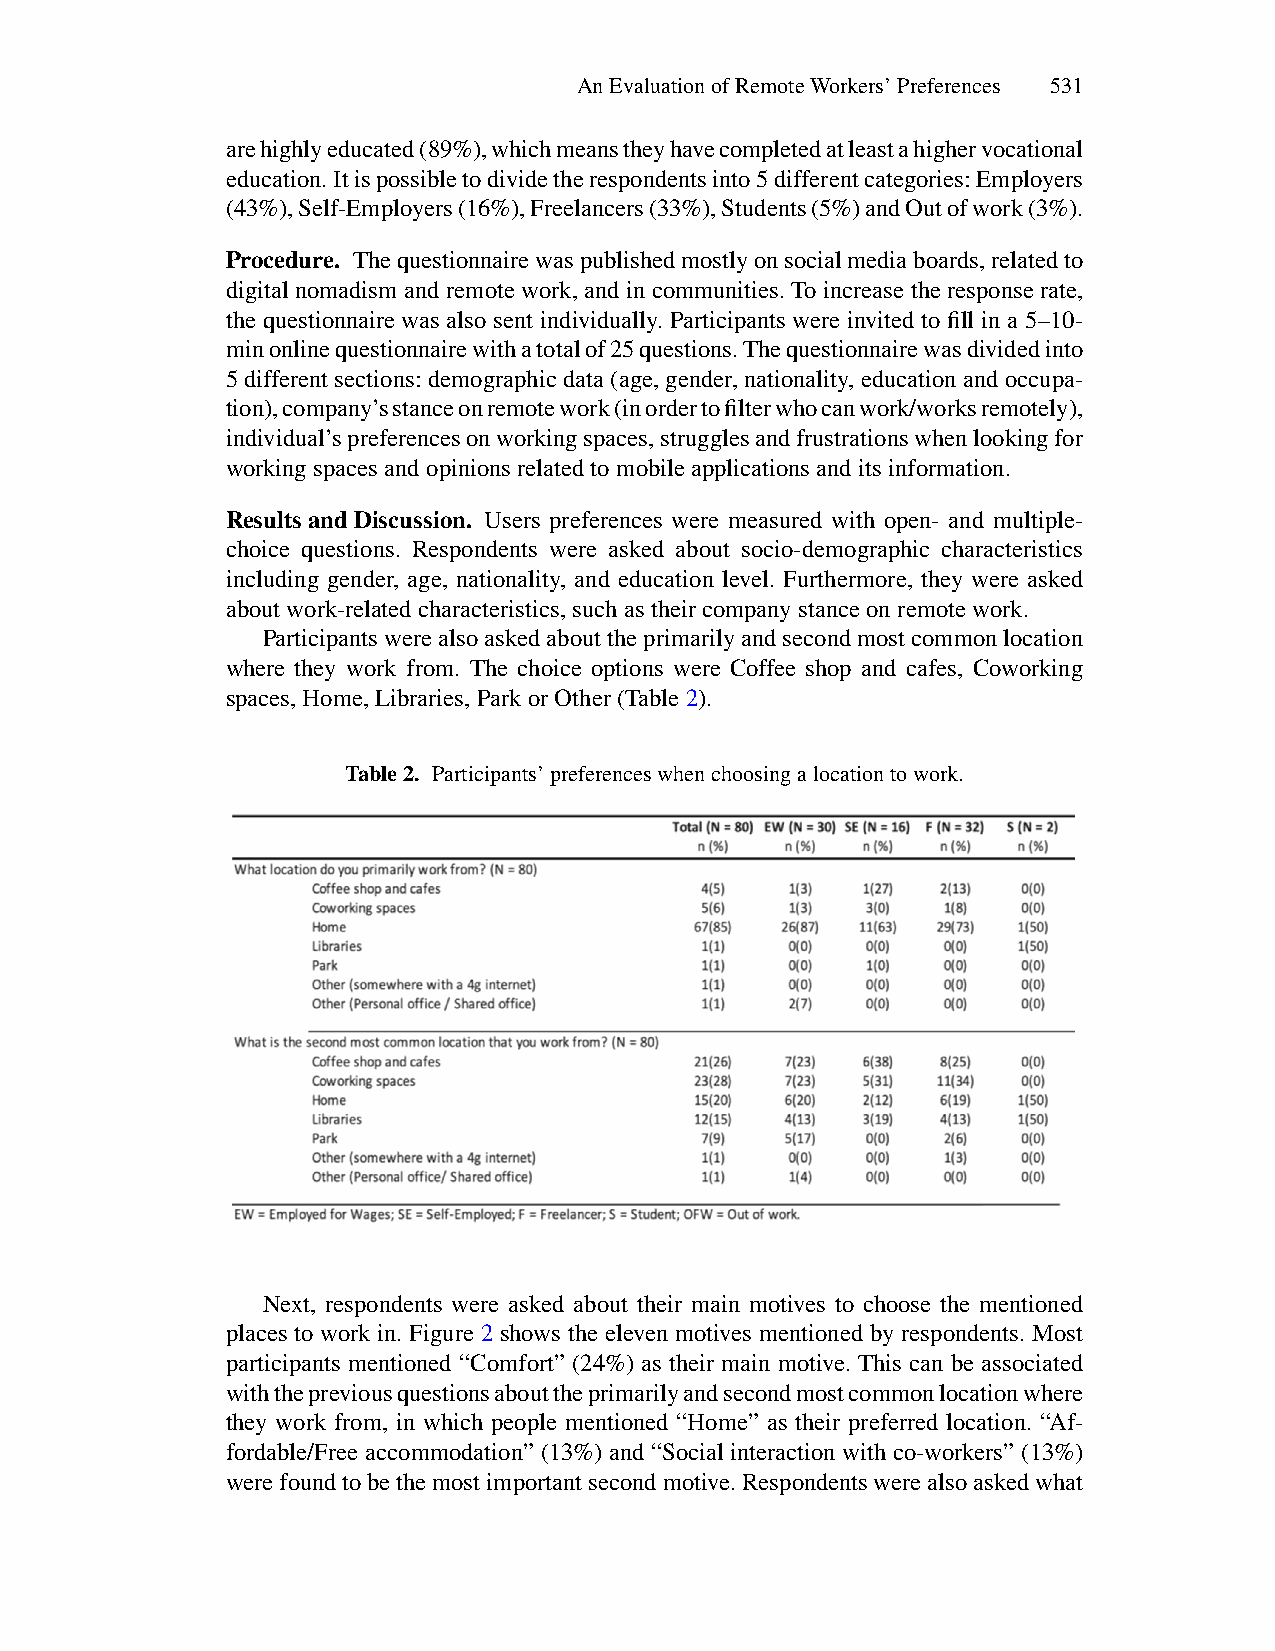
AnEvaluationofRemoteWorkers’Preferences 531
 arehighlyeducated(89%),whichmeanstheyhavecompletedatleastahighervocational
 education.Itispossibletodividetherespondentsinto5differentcategories:Employers
 (43%),Self-Employers(16%),Freelancers(33%),Students(5%)andOutofwork(3%).
 Procedure. Thequestionnairewaspublishedmostlyonsocialmediaboards,relatedto
 digital nomadism and remote work, and in communities. To increase the response rate,
 the questionnaire was also sent individually. Participants were invited to fill in a 5–10-
 minonlinequestionnairewithatotalof25questions.Thequestionnairewasdividedinto
 5 different sections: demographic data (age, gender, nationality, education and occupa-
 tion),company’sstanceonremotework(inordertofilterwhocanwork/worksremotely),
 individual’spreferencesonworkingspaces,strugglesandfrustrationswhenlookingfor
 workingspacesandopinionsrelatedtomobileapplicationsanditsinformation.
 ResultsandDiscussion. Users preferences were measured with open- and multiple-
 choice questions. Respondents were asked about socio-demographic characteristics
 including gender, age, nationality, and education level. Furthermore, they were asked
 aboutwork-relatedcharacteristics,suchastheircompanystanceonremotework.
 Participantswerealsoaskedabouttheprimarilyandsecondmostcommonlocation
 where they work from. The choice options were Coffee shop and cafes, Coworking
 spaces,Home,Libraries,ParkorOther(Table2).
 Table2. Participants’preferenceswhenchoosingalocationtowork.
 Next, respondents were asked about their main motives to choose the mentioned
 places to work in. Figure 2 shows the eleven motives mentioned by respondents. Most
 participants mentioned “Comfort” (24%) as their main motive. This can be associated
 withthepreviousquestionsabouttheprimarilyandsecondmostcommonlocationwhere
 they work from, in which people mentioned “Home” as their preferred location. “Af-
 fordable/Free accommodation” (13%) and “Social interaction with co-workers” (13%)
 werefoundtobethemostimportantsecondmotive.Respondentswerealsoaskedwhat